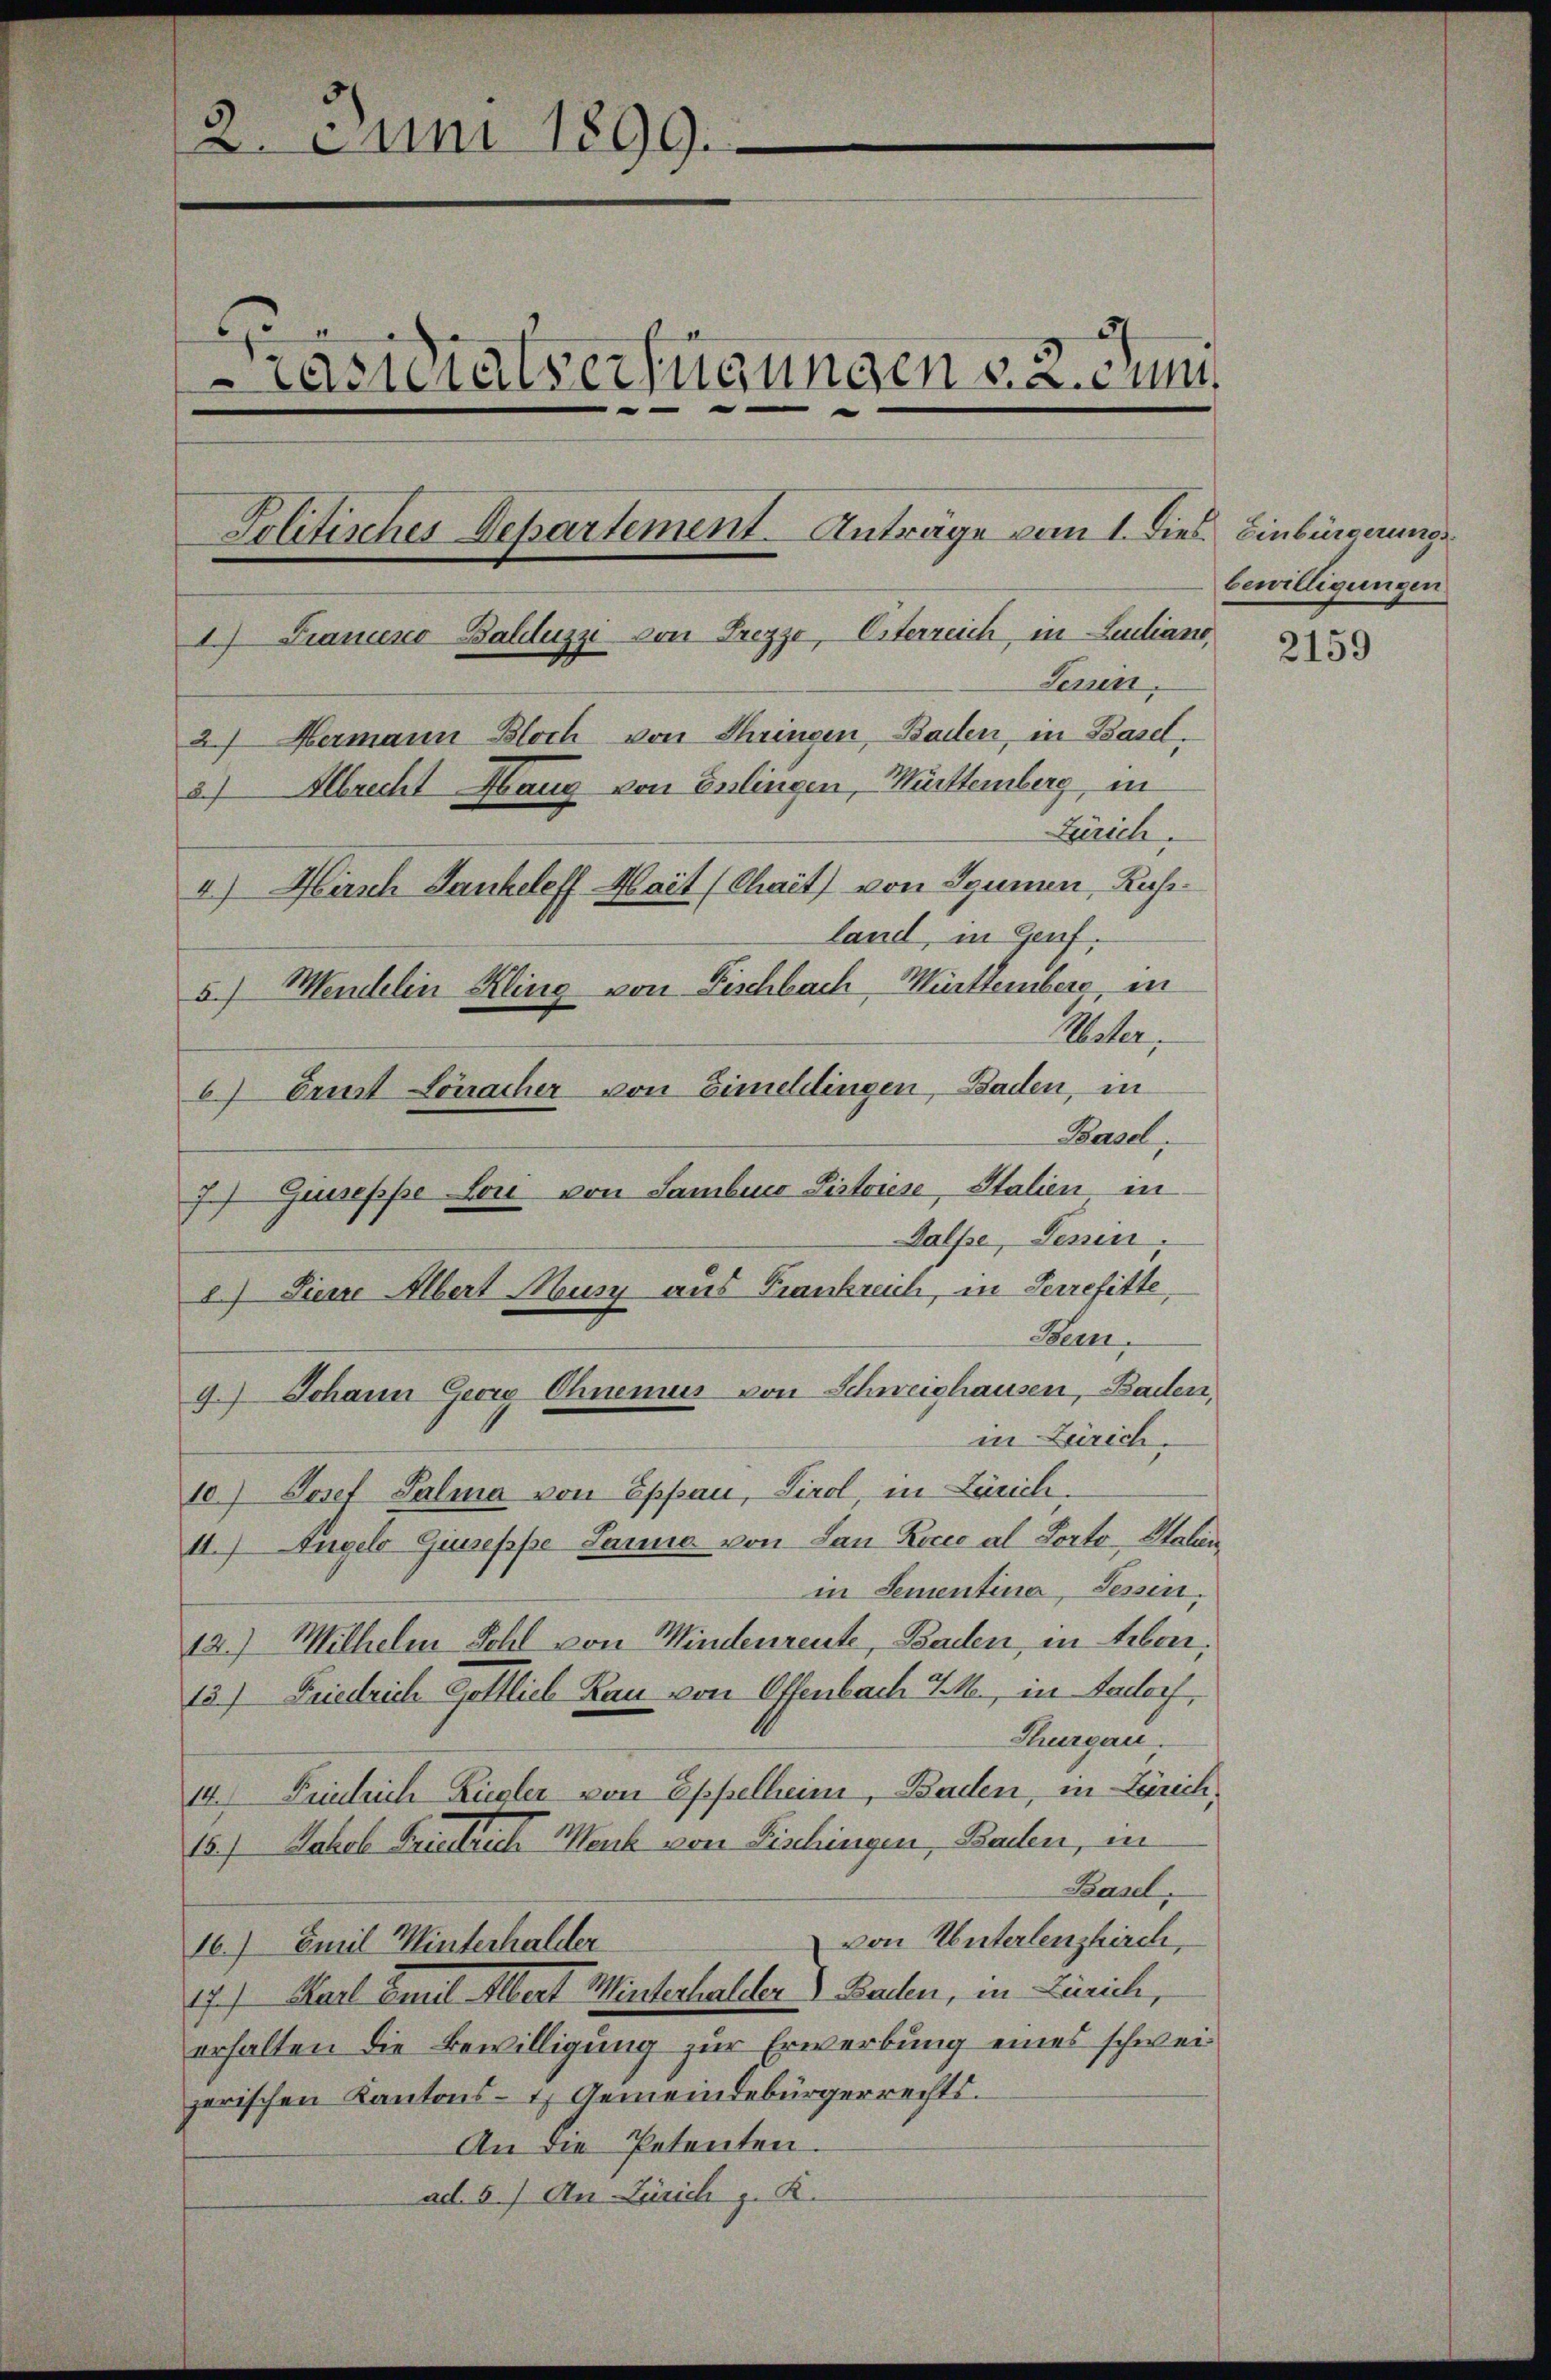
2. Juni 1899.

räsidialverfügungen §. 2. Juni
I) Franceno Balluzzi von Frezzo, Osterreich, in Luciane,
Seren.
2) Hermann Bloch von Chringen, Baden, in Basel,
3) Albrecht Haug von Erlingen, Württemberg, in
Zürich.
4) Hirsch Ganteleff Mait (Chait) von Igunnen, Rusland, in Genf,
5.) Mendelin Kling von Fischbach Württemberg, in
Uster,
6) Ernst Lörracher von Eimelingen, Baden, in
Bard

8) Diese Albert Musz aus Frankreich, in Herrefitte,
9.) Johann Georg Chnemus von Schweishausen, Baden,

Politisches Departement. Anträge vom 1. Dies Einbürgerungs¬

bewilligungen

J Giuseppe Lori von Sambuco Sistriese, Italien in
dalpe, Lenin
Hem.
in Zürich.
10.) Josef Salma von Eppan, Tirol, in Zürich.
11.) Angelo Giuseppe Janne von Lan Rocio al Porto Haben
in Sementina, Tessin.
12.) Mithelm Schl von Windenreute, Baden, in Leben,
15.) Friedrich Gottlich Rau von Offenbach d. M., in Aadorf,
Thurgau.
14. Friedrich Ziegler von Oppelheim, Baden, in Zürich,
15. Jakob Frieder Werk von Fischingen, Baden, in
Basel,
von Unterlenzkirch,
16.) Emil Winterhalder
17.) Karl Emil Albert Winterhalder Baden, in Zürich,
erhalten die Bewilligung zur Erwerbung eines schweizerischen Kantons- & Gemeindebürgerrechts.
An die Petenten
ad. 5.) An Zürich z. K.

2159